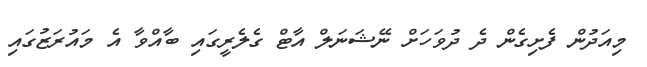
މިއަދުން ފެށިގެން ދެ ދުވަހަށް ނޭޝަނަލް އާޓް ގެލެރީގައި ބާއްވާ އެ މައުރަޒުގައި